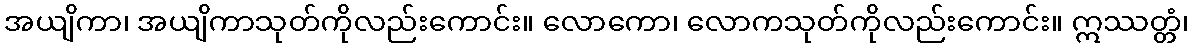
အယျိကာ၊ အယျိကာသုတ်ကိုလည်းကောင်း။ လောကော၊ လောကသုတ်ကိုလည်းကောင်း။ ဣဿတ္တံ၊